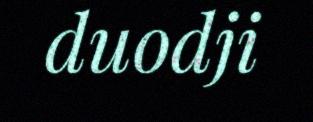
duodji